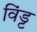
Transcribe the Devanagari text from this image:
विंड्ट